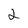
Character: 2